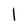
Character: 1